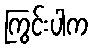
ကြွင်းပါက